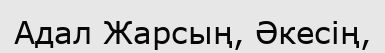
Адал Жарсың, Әкесің,